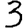
Digit: 3